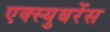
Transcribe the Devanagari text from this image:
एक्स्युबरेंस